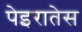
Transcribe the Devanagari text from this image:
पेइरातेस